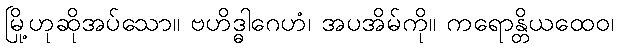
မြို့ဟုဆိုအပ်သော။ ဗဟိဒ္ဓါဂေဟံ၊ အပအိမ်ကို။ ကရောန္တိယထေဝ၊